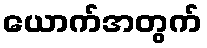
ယောက်အတွက်